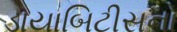
ડાયાબિટીસનો